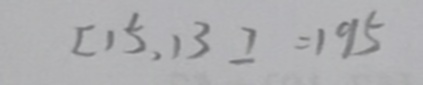
[ 1 5 , 1 3 ] = 1 9 5